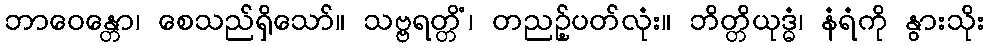
ဘာဝေန္တော၊ စေသည်ရှိသော်။ သဗ္ဗရတ္တိံ၊ တညဉ့်ပတ်လုံး။ ဘိတ္တိယုဒ္ဓံ၊ နံရံကို နွားသိုး